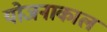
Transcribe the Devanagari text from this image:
योजनाकाल